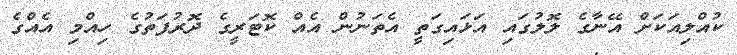
ކުއްލިއަކަށް އޭނާގެ ލޮލުގައި އަޅައިގަތީ އެތަނުން އެއް ކޮޓަރީގެ ދޮރުފަތުގެ ހިއްމި އެއްގެ